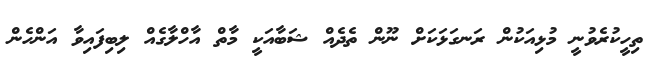
ތިހީކުރެވުނީ މުޅިއަކުން ރަނގަޅަކަށް ނޫން ތެދެއް ޝަބާއަކީ މާތް އާހްލާގެއް ލިބިފައިވާ އަންހެން